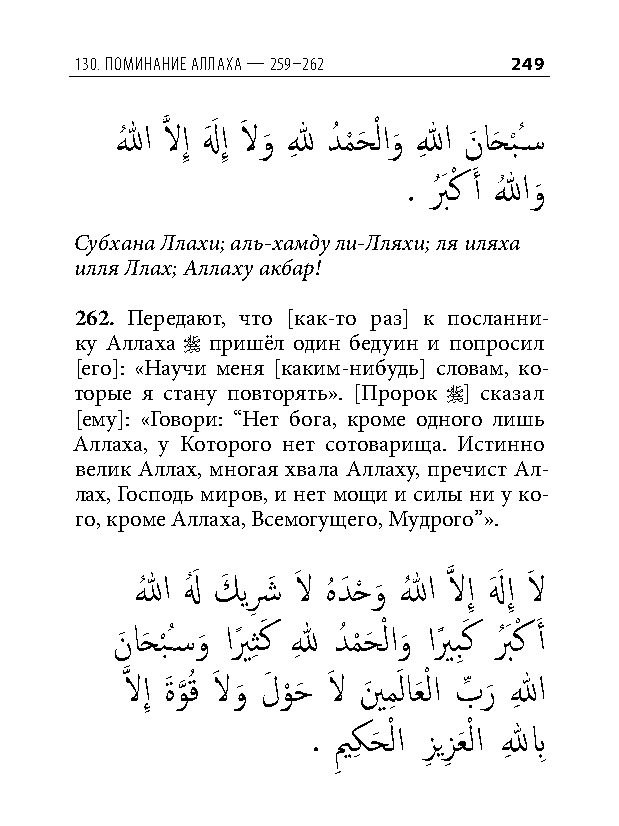
130. Поминание аллаха — 259–262 249
 اللهُ َّذ لاإِ لهَ َ إِ لاَ و
 َ
 للهِ دُ م
 ْ
 حَ ْ لاو
 َ
 اللهِ نَ احَ ب
 ْ
 ُس�
 . بُ َ كْ َ أ اللهُ و
 َ
 Субхана Ллахи; аль-хамду ли-Лляхи; ля иляха
 илля Ллах; Аллаху акбар!
 262. Передают, что [как-то раз] к посланни-
 ку Аллаха  пришёл один бедуин и попросил
 [его]: «Научи меня [каким-нибудь] словам, ко-
 торые я стану повторять». [Пророк ] сказал
 [ему]: «Говори: “Нет бога, кроме одного лишь
 Аллаха, у Которого нет сотоварища. Истинно
 велик Аллах, многая хвала Аллаху, пречист Ал-
 лах, Господь миров, и нет мощи и силы ни у ко-
 го, кроме Аллаха, Всемогущего, Мудрого”».
 اللهُ لهُ َ كَ يشِ َ لاَ هُ دَ حْ و
 َ
 اللهُ َّذ لاإِ لهَ َ إِ لاَ
 نَ احَ ب
 ْ
 ُس�و
 َ
 ايً ثِ كَ للهِ دُ م
 ْ
 حَ ْ لاو
 َ
 ايً بِكَ بُ َ كْ َ أ
 َّذ لاإِ ةَ و
 َّذ
 قُ لاَ و
 َ
 لَ و
 ْ
 حَ لاَ ينَ مِ َ لاعَ ْ لا بِّ ر
 َ
 اللهِ
 . يم
 ِ
 كِ حَ ْ لا زِ يزِ عَ ْ لا للهِ بِ